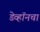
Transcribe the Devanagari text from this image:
डेव्हॉनचा